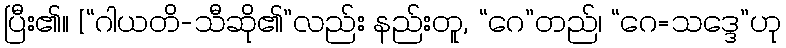
ပြီး၏။ [“ဂါယတိ-သီဆို၏”လည်း နည်းတူ, “ဂေ”တည်၊ “ဂေ=သဒ္ဒေ”ဟု